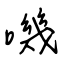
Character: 嘰